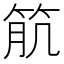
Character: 𥬾